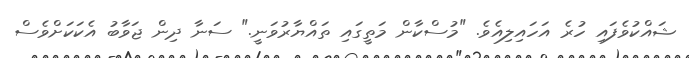
ޝައްކުވެފައި ހުރެ އަހައިލިއެވެ. "މުސްކާން މަތީގައި ތައްޔާރުވަނީ." ސަނާ ދިން ޖަވާބު އެކަކަށްވެސް